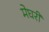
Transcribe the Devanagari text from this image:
मेघरी